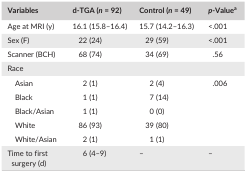
<table><thead><tr><td><b>Variables</b></td><td><b>d‐TGA (<i>n</i> = 92)</b></td><td><b>Control (<i>n</i> = 49)</b></td><td><b><i>p</i>‐Valuea</b></td></tr></thead><tbody><tr><td>Age at MRI (y)</td><td>16.1 (15.8–16.4)</td><td>15.7 (14.2–16.3)</td><td>&lt;.001</td></tr><tr><td>Sex (F)</td><td>22 (24)</td><td>29 (59)</td><td>&lt;.001</td></tr><tr><td>Scanner (BCH)</td><td>68 (74)</td><td>34 (69)</td><td>.56</td></tr><tr><td colspan="4">Race</td></tr><tr><td>Asian</td><td>2 (1)</td><td>2 (4)</td><td rowspan="5">.006</td></tr><tr><td>Black</td><td>1 (1)</td><td>7 (14)</td></tr><tr><td>Black/Asian</td><td>1 (1)</td><td>0 (0)</td></tr><tr><td>White</td><td>86 (93)</td><td>39 (80)</td></tr><tr><td>White/Asian</td><td>2 (1)</td><td>1 (1)</td></tr><tr><td>Time to first surgery (d)</td><td>6 (4–9)</td><td>–</td><td>–</td></tr></tbody></table>